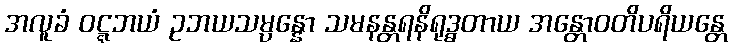
အလူခံ ဝဋ္ဋဘယံ ဥဘယသမ္ပန္နော သမနန္တရနိရုဒ္ဓတာယ အန္တောဝတိပရိယန္တေ